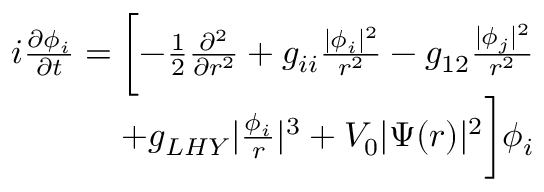
\begin{array} { r } { i \frac { \partial \phi _ { i } } { \partial t } = \biggl [ - \frac { 1 } { 2 } \frac { \partial ^ { 2 } } { \partial r ^ { 2 } } + g _ { i i } \frac { | \phi _ { i } | ^ { 2 } } { r ^ { 2 } } - g _ { 1 2 } \frac { | \phi _ { j } | ^ { 2 } } { r ^ { 2 } } } \\ { + g _ { L H Y } | \frac { \phi _ { i } } { r } | ^ { 3 } + V _ { 0 } | \Psi ( r ) | ^ { 2 } \biggr ] \phi _ { i } } \end{array}